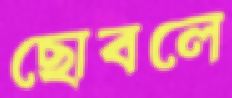
ছোবলে